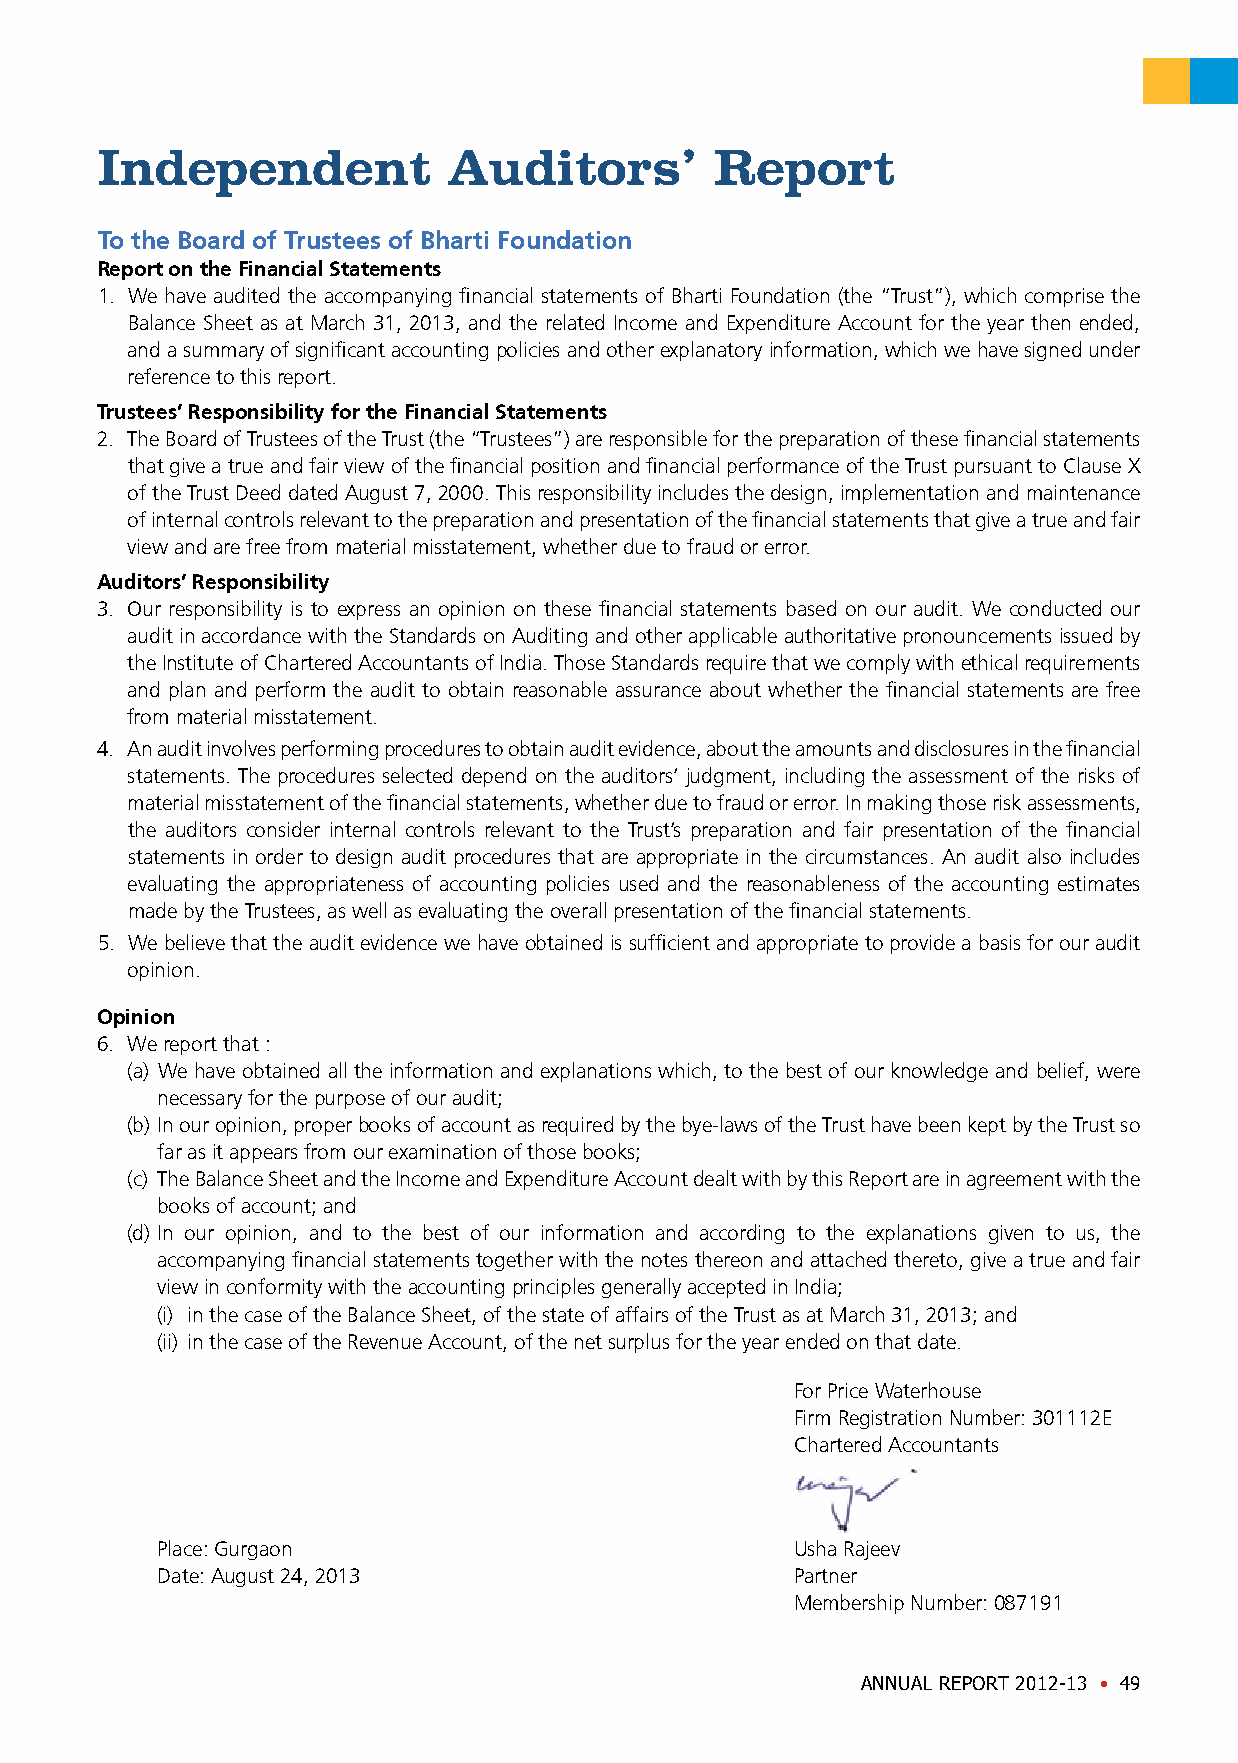
Independent             Auditors’        Report
 To the Board of Trustees of Bharti Foundation
 Report on the Financial Statements
 1. We have audited the accompanying financial statements of Bharti Foundation (the “Trust”), which comprise the
 Balance Sheet as at March 31, 2013, and the related Income and Expenditure Account for the year then ended,
 and a summary of significant accounting policies and other explanatory information, which we have signed under
 reference to this report.
 Trustees’ Responsibility for the Financial Statements
 2. The Board of Trustees of the Trust (the “Trustees”) are responsible for the preparation of these financial statements
 that give a true and fair view of the financial position and financial performance of the Trust pursuant to Clause X
 of the Trust Deed dated August 7, 2000. This responsibility includes the design, implementation and maintenance
 of internal controls relevant to the preparation and presentation of the financial statements that give a true and fair
 view and are free from material misstatement, whether due to fraud or error.
 Auditors’ Responsibility
 3. Our responsibility is to express an opinion on these financial statements based on our audit. We conducted our
 audit in accordance with the Standards on Auditing and other applicable authoritative pronouncements issued by
 the Institute of Chartered Accountants of India. Those Standards require that we comply with ethical requirements
 and plan and perform the audit to obtain reasonable assurance about whether the financial statements are free
 from material misstatement.
 4. An audit involves performing procedures to obtain audit evidence, about the amounts and disclosures in the financial
 statements. The procedures selected depend on the auditors’ judgment, including the assessment of the risks of
 material misstatement of the financial statements, whether due to fraud or error. In making those risk assessments,
 the auditors consider internal controls relevant to the Trust’s preparation and fair presentation of the financial
 statements in order to design audit procedures that are appropriate in the circumstances. An audit also includes
 evaluating the appropriateness of accounting policies used and the reasonableness of the accounting estimates
 made by the Trustees, as well as evaluating the overall presentation of the financial statements.
 5. We believe that the audit evidence we have obtained is sufficient and appropriate to provide a basis for our audit
 opinion.
 Opinion
 6. We report that :
 (a) We have obtained all the information and explanations which, to the best of our knowledge and belief, were
 necessary for the purpose of our audit;
 (b) In our opinion, proper books of account as required by the bye-laws of the Trust have been kept by the Trust so
 far as it appears from our examination of those books;
 (c) The Balance Sheet and the Income and Expenditure Account dealt with by this Report are in agreement with the
 books of account; and
 (d) In our opinion, and to the best of our information and according to the explanations given to us, the
 accompanying financial statements together with the notes thereon and attached thereto, give a true and fair
 view in conformity with the accounting principles generally accepted in India;
 (i) in the case of the Balance Sheet, of the state of affairs of the Trust as at March 31, 2013; and
 (ii) in the case of the Revenue Account, of the net surplus for the year ended on that date.
 For Price Waterhouse
 Firm Registration Number: 301112E
 Chartered Accountants
 Place: Gurgaon                             Usha Rajeev
 Date: August 24, 2013                      Partner
 Membership Number: 087191
 ANNUAL REPORT 2012-13 • 49